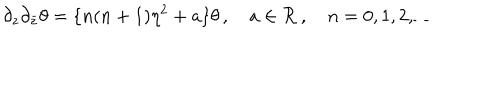
\partial _ { z } \partial _ { \bar { z } } \theta = \{ n ( n + 1 ) \eta ^ { 2 } + a \} \theta \, , \quad a \in { \cal R } \, , \quad n = 0 , 1 , 2 , \ldots